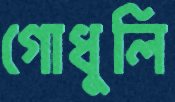
গোধুলি